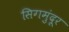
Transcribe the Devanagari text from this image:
सिगमुंदूर